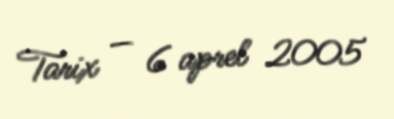
Tarix — 6 aprel 2005